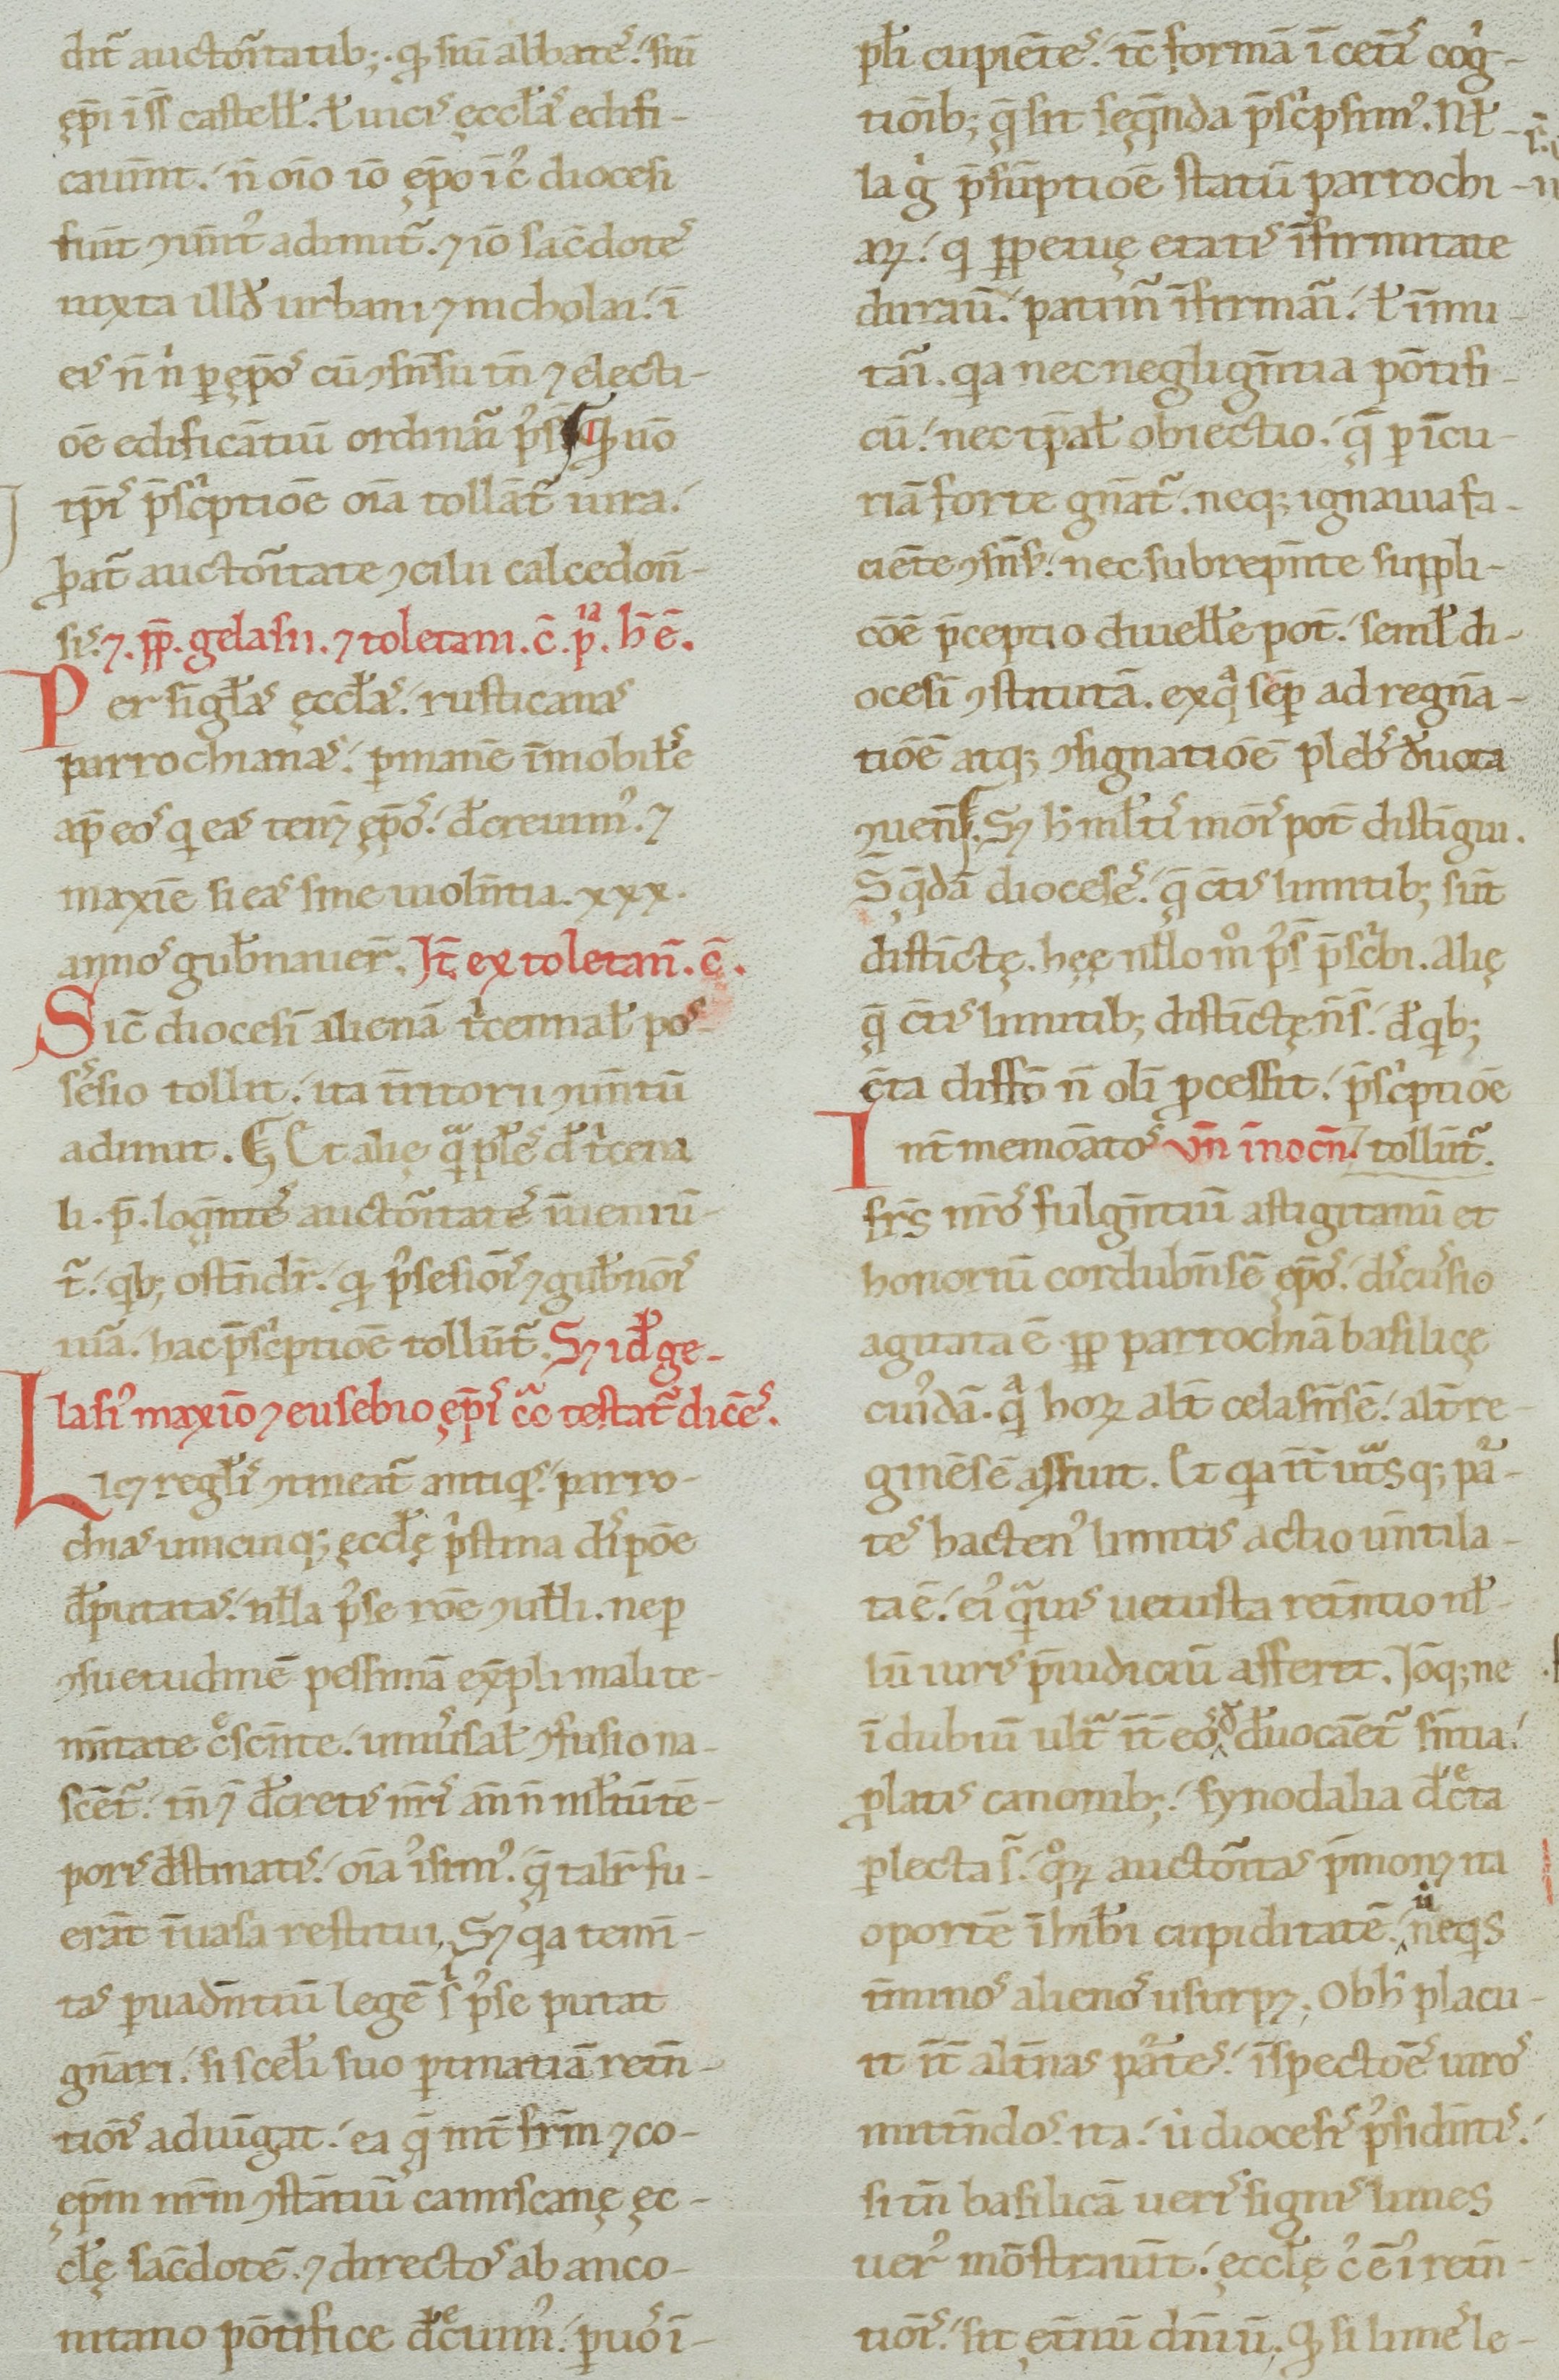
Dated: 1100–1199